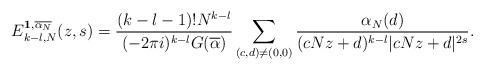
LaTeX: \begin{align*}E_{k-l,N}^{\mathbf{1}, \overline{\alpha_N}}(z,s) &= \frac{(k-l-1)!N^{k-l}}{(-2\pi i)^{k-l} G(\overline{\alpha})}\sum_{(c,d)\neq(0,0)} \frac{\alpha_N(d)}{(cNz+d)^{k-l}|cNz+d|^{2s}}.\end{align*}